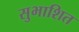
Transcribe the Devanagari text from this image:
सुभाशित